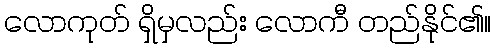
လောကုတ် ရှိမှလည်း လောကီ တည်နိုင်၏။